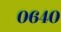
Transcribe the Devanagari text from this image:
०६४०